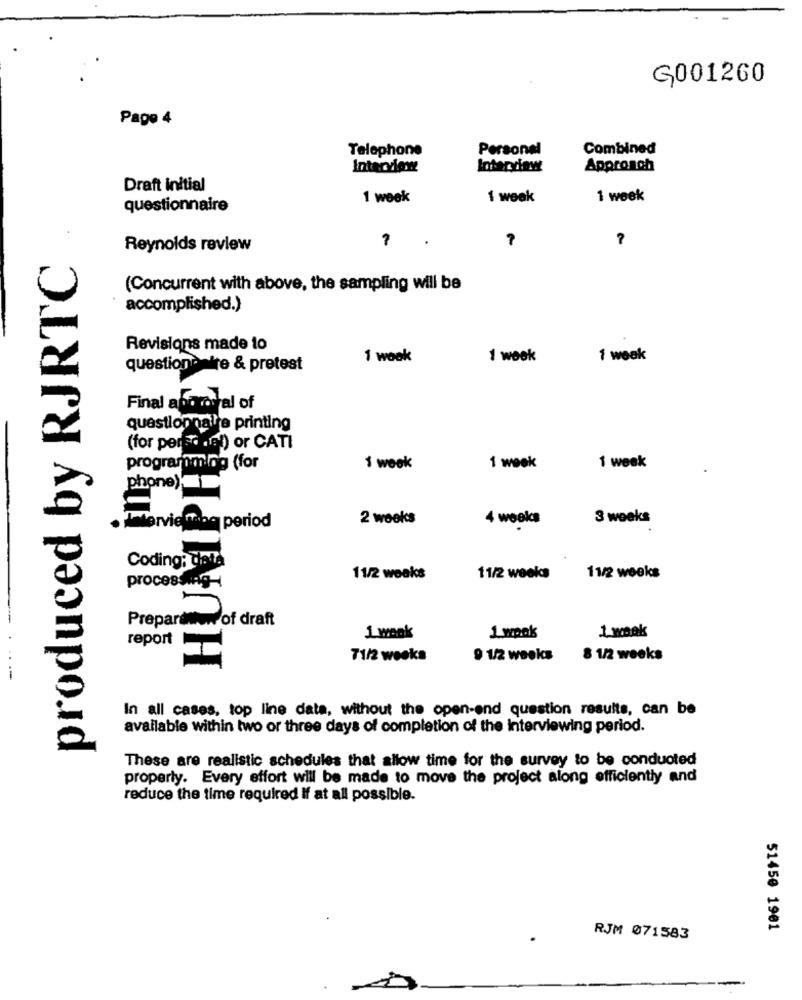
G001260
Page 4
Telephone
Combined
Personal
Interview
Approach
Draft initial
1 week
1 week
1 week
questionnaire
?
Reynolds review
produced by RJRTC
(Concurrent with above, the sampling will be
accomplished.)
Revisions made to
1 woak
1 week
1 weak
questionnaire & pretest
Final approval of
questionnaire printing
(for personal) or CATI
programming (for
1 week
1 week
1 week
phone)
2 weeks
4 weeks
3 weeks
Intervie mag period
Coding: det.
11/2 woaks
11/2 weeks
11/2 weeks
processing-
Preparamon of draft
report
1 wank
1 wook
1 week
71/2 weeks
9 1/2 weeks
8 1/2 weeks
In all cases, top line data, without the open-and question results, can be
available within two or three days of completion of the interviewing period.
These are realistic schedules that allow time for the survey to be conducted
properly. Every effort will be made to move the project along efficiently and
reduce the time required If at all possible.
51450 1901
RJM 071583